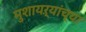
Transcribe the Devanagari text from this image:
मुशायऱ्यांच्या